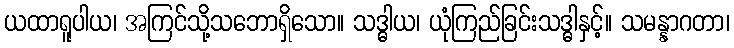
ယထာရူပါယ၊ အကြင်သို့သဘောရှိသော။ သဒ္ဓါယ၊ ယုံကြည်ခြင်းသဒ္ဓါနှင့်။ သမန္နာဂတာ၊